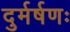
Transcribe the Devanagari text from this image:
दुर्मर्षणः